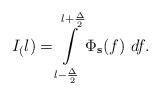
LaTeX: \begin{align*}I_(l) = \int\limits_{l-\frac{\Delta}{2}}^{l+\frac{\Delta}{2}} \Phi_\mathbf{s}(f)\ df.\end{align*}